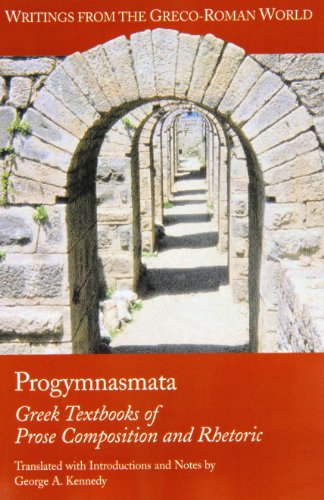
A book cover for Progymnasmata: Greek Textbooks of Prose Composition and Rhetoric (Writings from the Greco-Roman World); George Alexander Kennedy; Reference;